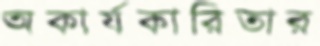
অকার্যকারিতার